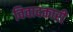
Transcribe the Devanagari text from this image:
विवादकारी